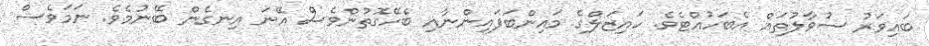
ބައިވަރު ސުވާލުތައް އެބަހުއްޓެވެ. ހައިޒަލްގެ މައިންބަފައިންނާއި ބެހޭގޮތުންވެސް އޭނަ އިނގެން ބޭނުމެވެ. ނަމަވެސް